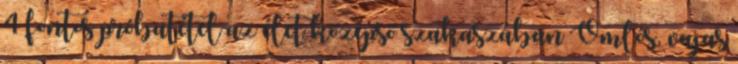
4 fontos próbatétel az élet középső szakaszában Omlós, vajas